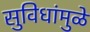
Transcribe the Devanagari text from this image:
सुविधांमुळे